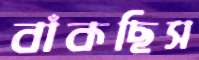
বাঁকছিস